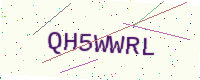
Text: QH5WWRL